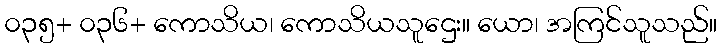
၀၃၅+ ၀၃၆+ ကောသိယ၊ ကောသိယသူဌေး။ ယော၊ အကြင်သူသည်။